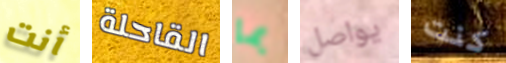
أنت القاحلة بما يواصل كنت